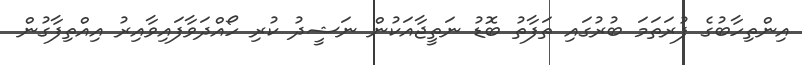
އިންތިހާބުގެ ފުރަތަމަ ބުރުގައި ތަފާތު ބޮޑު ނަތީޖާއަކުން ނަޝީދު ކުރި ހޯއްދަވާފައިވާއިރު އިއްތިފާގުން